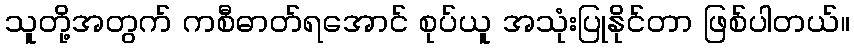
သူတို့အတွက် ကစီဓာတ်ရအောင် စုပ်ယူ အသုံးပြုနိုင်တာ ဖြစ်ပါတယ်။